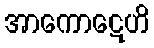
အာကောဋေဟိ